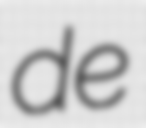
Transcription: de